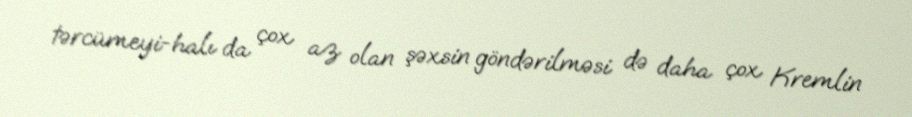
tərcümeyi-halı da çox az olan şəxsin göndərilməsi də daha çox Kremlin